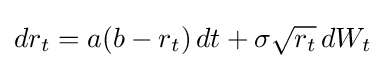
dr_{t}=a(b-r_{t})\,dt+\sigma {\sqrt {r_{t}}}\,dW_{t}